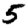
Digit: 5